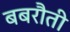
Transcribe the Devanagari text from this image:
बबरौती